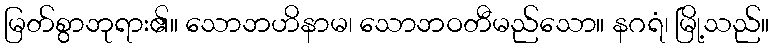
မြတ်စွာဘုရား၏။ သောဘဟိနာမ၊ သောဘဝတီမည်သော။ နဂရံ၊ မြို့သည်။